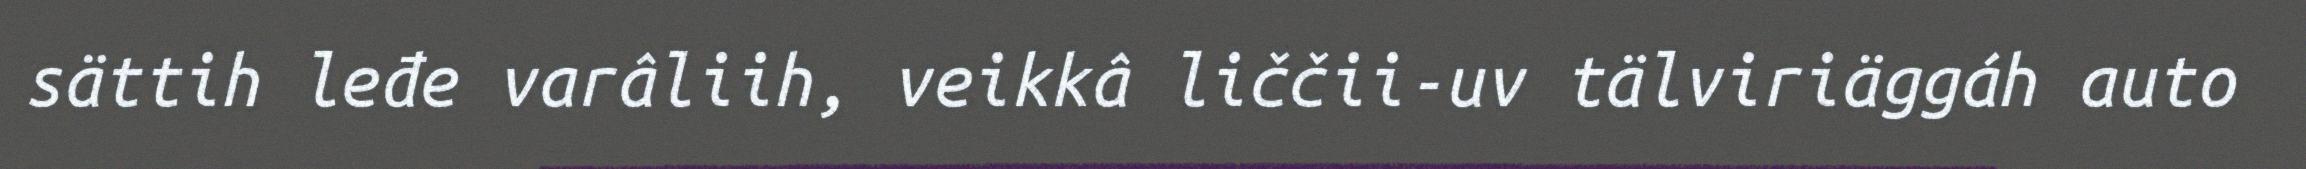
sättih leđe varâliih, veikkâ liččii-uv tälviriäggáh auto